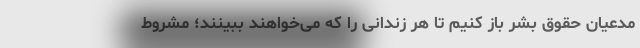
مدعیان حقوق بشر باز کنیم تا هر زندانی را که می‌خواهند ببینند؛ مشروط